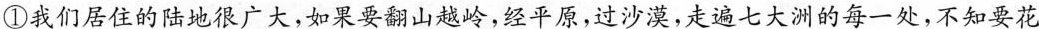
①我们居住的陆地很广大，如果要翻山越岭，经平原，过沙漠，走遍七大洲的每一处，不知要花